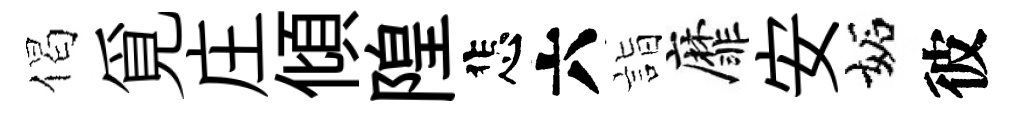
偈覓庄傾隍悲六詣靡安妬彼